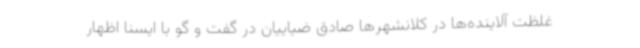
غلظت آلاینده‌ها در کلانشهرها صادق ضیاییان در گفت و گو با ایسنا اظهار